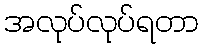
အလုပ်လုပ်ရတာ